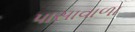
પાસાવાળા